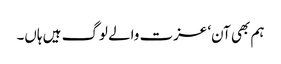
ہم بھی آن‘ عزت والے لوگ ہیں ہاں۔